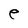
Character: e